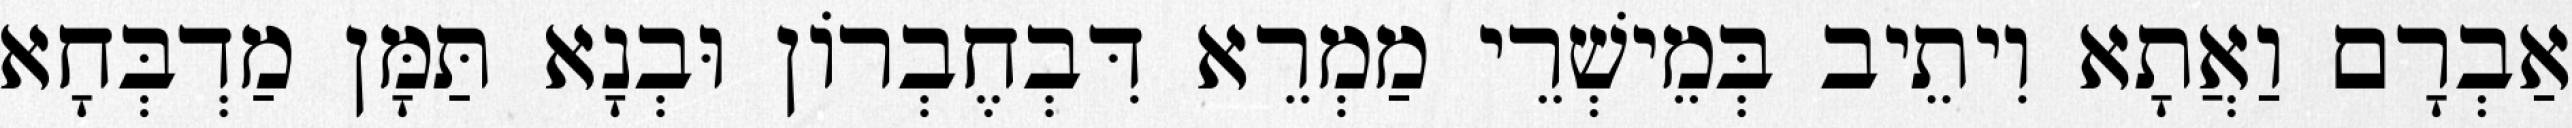
אַבְרָם וַאֲתָא וִיתֵיב בְּמֵישְׁרֵי מַמְרֵא דִּבְחֶבְרוֹן וּבְנָא תַּמָּן מַדְבְּחָא